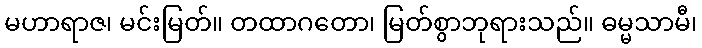
မဟာရာဇ၊ မင်းမြတ်။ တထာဂတော၊ မြတ်စွာဘုရားသည်။ ဓမ္မသာမီ၊